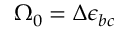
\Omega _ { 0 } = \Delta \epsilon _ { b c }